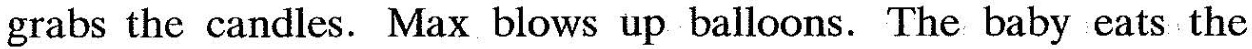
grabs the candles. Max blows up balloons.The baby eats the